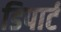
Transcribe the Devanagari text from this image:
डिपार्ट